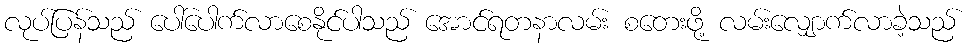
လုပ်ပြန်သည် ပေါ်ပေါက်လာစေနိုင်ပါသည် အောင်ရတနာလမ်း စတေးဖို့ လမ်းလျှောက်လာခဲ့သည်